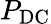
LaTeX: P_{\mathrm{DC}}